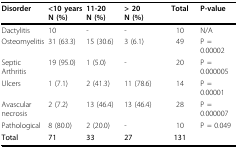
<table><thead><tr><td><b>Disorder</b></td><td><b>&lt;10 yearsN (%)</b></td><td><b>11-20N (%)</b></td><td><b>&gt; 20N (%)</b></td><td><b>Total</b></td><td><b>P-value</b></td></tr></thead><tbody><tr><td>Dactylitis</td><td>10</td><td>-</td><td>-</td><td>10</td><td>N/A</td></tr><tr><td>Osteomyelitis</td><td>31 (63.3)</td><td>15 (30.6)</td><td>3 (6.1)</td><td>49</td><td>P = 0.00002</td></tr><tr><td>Septic Arthritis</td><td>19 (95.0)</td><td>1 (5.0)</td><td>-</td><td>20</td><td>P = 0.000005</td></tr><tr><td>Ulcers</td><td>1 (7.1)</td><td>2 (41.3)</td><td>11 (78.6)</td><td>14</td><td>P = 0.00001</td></tr><tr><td>Avascular necrosis</td><td>2 (7.2)</td><td>13 (46.4)</td><td>13 (46.4)</td><td>28</td><td>P = 0.000007</td></tr><tr><td>Pathological</td><td>8 (80.0)</td><td>2 (20.0)</td><td>-</td><td>10</td><td>P = 0.049</td></tr><tr><td><b>Total</b></td><td><b>71</b></td><td><b>33</b></td><td><b>27</b></td><td><b>131</b></td><td></td></tr></tbody></table>